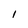
Character: I